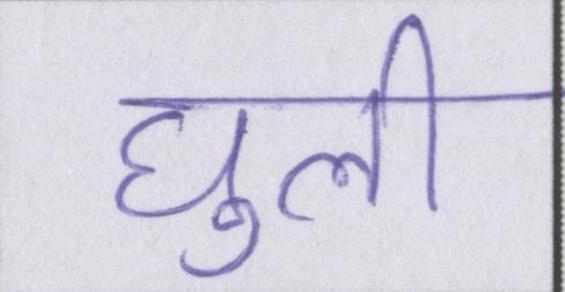
घुली